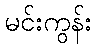
မင်းကွန်း